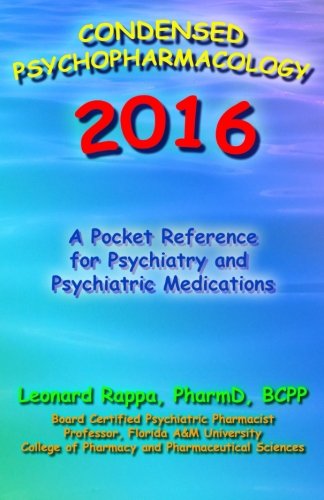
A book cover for Condensed Psychopharmacology 2016: A Pocket Reference for Psychiatry and Psychotropic Medications; Leonard Rappa; Medical Books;